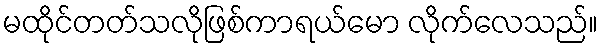
မထိုင်တတ်သလိုဖြစ်ကာရယ်မော လိုက်လေသည်။